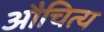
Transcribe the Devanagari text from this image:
औचित्‍य